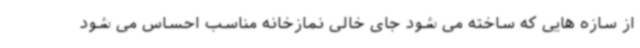
از سازه هایی که ساخته می شود جای خالی نمازخانه مناسب احساس می شود